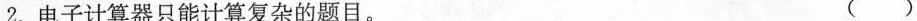
2.电子计算器只能计算复杂的题目。 ( )